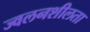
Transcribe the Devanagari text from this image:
ज्‍वलनशीलता